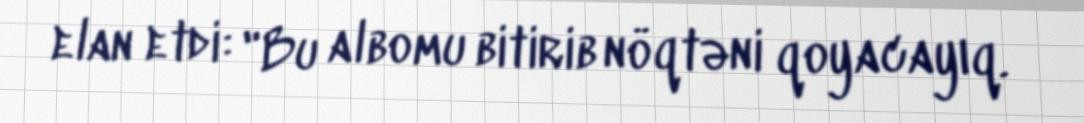
elan etdi: "Bu albomu bitirib nöqtəni qoyacayıq.